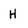
Character: H